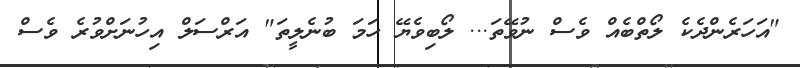
"އަހަރެންދެކެ ލޯތްބެއް ވެސް ނުވޭތަ... ލޯބިވެޔޭ ހަމަ ބުނެލީތަ" އަރްސަލް އިހުނަށްވުރެ ވެސް